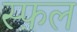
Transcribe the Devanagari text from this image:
स्फ़ल